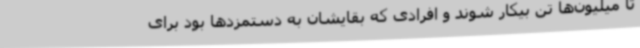
تا میلیون‌ها تن بیکار شوند و افرادی که بقایشان به دستمزدها بود برای